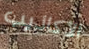
الأكاذيب